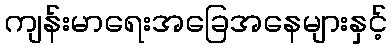
ကျန်းမာရေးအခြေအနေများနှင့်